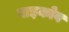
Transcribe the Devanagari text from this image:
बाइकोव